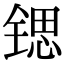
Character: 锶